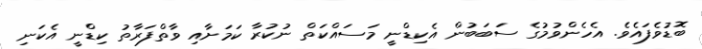
ބޮޑުވެފައެވެ. އެހެންވުމުގެ ސަބަބުން އެކިޑްނީ މަސައްކަތް ނުކުރާ ކަމަށާއި ވާތްފަރާތު ކިޑްނީ އެކަނި